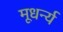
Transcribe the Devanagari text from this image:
मूधर्न्य